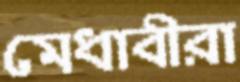
মেধাবীরা